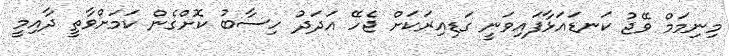
މިނިމަމް ވޭޖު ކަނޑައަޅާފައިވަނީ ގަޑިއިރަކަށް ޖެހޭ އަދަދު ހިސާބު ކޮށްގެން ކަމަށްވާތީ ދާއިމީ